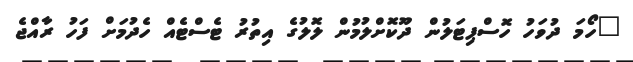
"ހޯމަ ދުވަހު ހޮސްޕިޓަލުން ދޫކޮށްލުމުން ލޮލުގެ އިތުރު ޓެސްޓެއް ހެދުމަށް ފަހު ރާއްޖެ